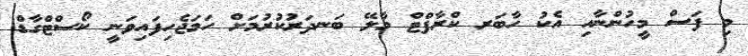
މި ފަސް މީހުންނާއި އެކު ހާބަރ ކްރާފްޓް މާލޭ ބަނދަރުކުރުމަށް ހަމަޖެހިފައިވަނީ ކޯސްޓްގާޑް